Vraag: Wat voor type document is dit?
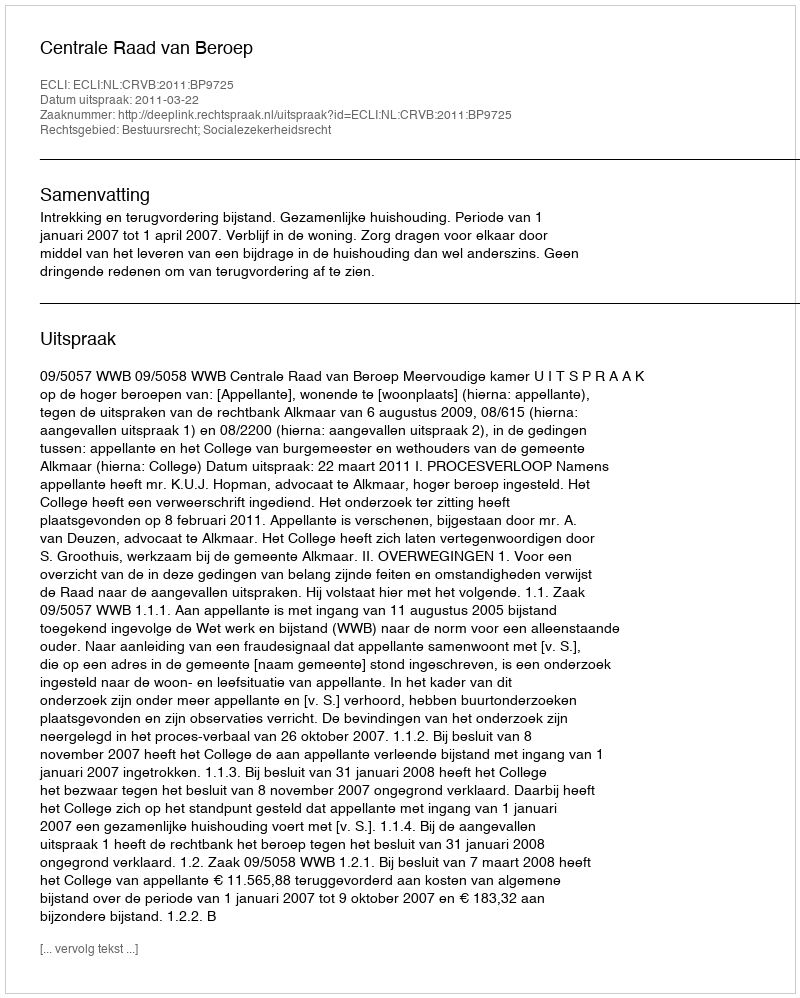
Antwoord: Uitspraak